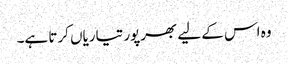
وہ اس کے لیے بھرپور تیاریاں کرتا ہے۔